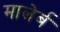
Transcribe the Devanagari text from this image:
मालेर्ब